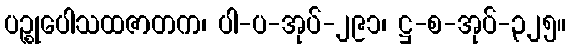
ပဉ္စုပေါသထဇာတက၊ ပါ-ပ-အုပ်-၂၉၁၊ ဋ္ဌ-စ-အုပ်-၃၂၅။